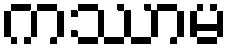
ကဿာမ